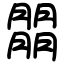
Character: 朤